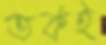
তর্কই